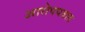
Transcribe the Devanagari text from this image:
आरोपपत्रात